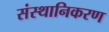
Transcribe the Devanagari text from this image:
संस्थानिकरण